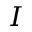
I